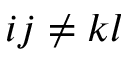
i j \ne k l